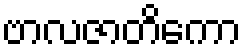
ဗာလဇာတိကော